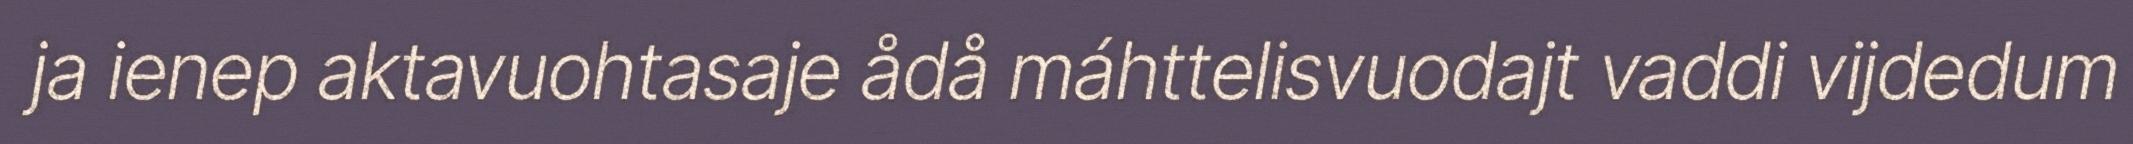
ja ienep aktavuohtasaje ådå máhttelisvuodajt vaddi vijdedum